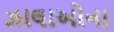
ઝાલાઓના